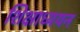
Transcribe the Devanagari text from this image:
शिक्षाध्ययन